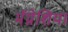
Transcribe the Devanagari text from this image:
मॅग्नेशिया